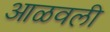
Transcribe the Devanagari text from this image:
आळवली